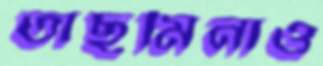
তাছমিনাও